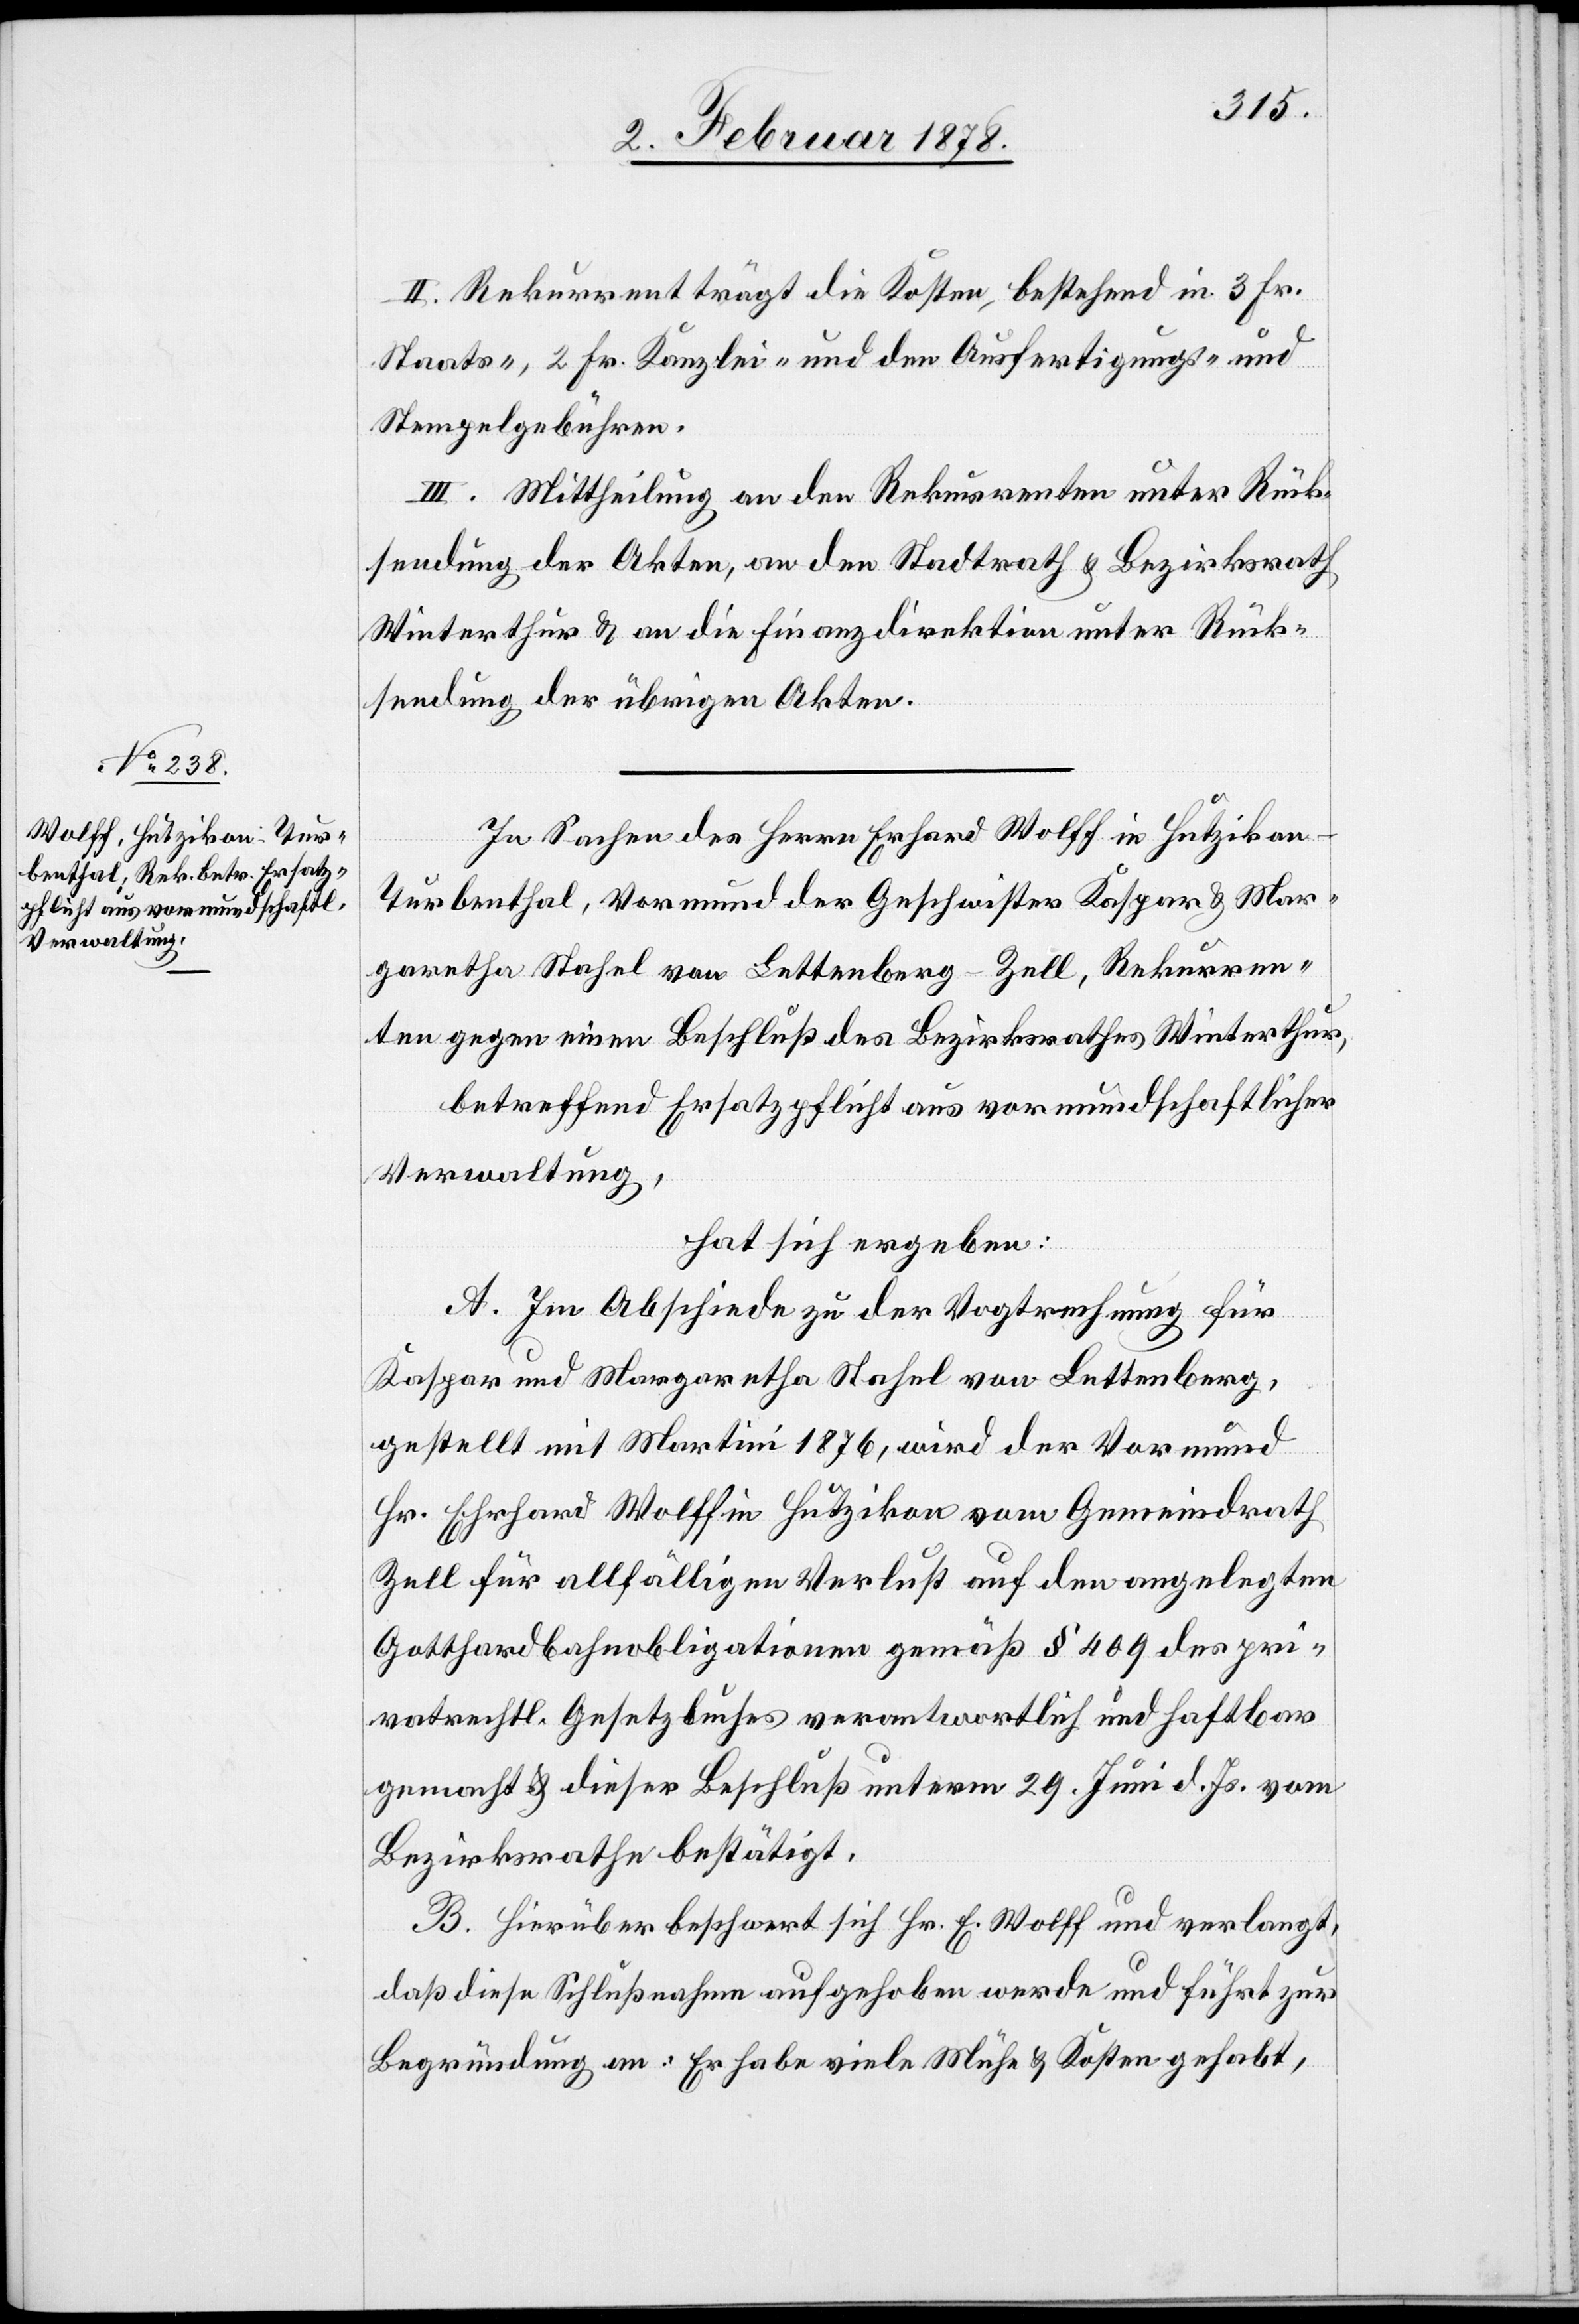
II. Rekurrent trägt die Kosten, bestehend in 3 Fr.
Staats-, 2 Fr. Kanzlei- und den Ausfertigungs- und
Stempelgebühren.
III. Mittheilung an den Rekurrenten unter Rück¬
sendung der Akten, an den Stadtrath & Bezirksrath
Winterthur & an die Finanzdirektion unter Rück¬
sendung der übrigen Akten.
In Sachen des Herrn Erhard Wolff in Hutzikon
Turbenthal, Vormund der Geschwister Kaspar & Mar¬
garetha Stahel von Lettenberg - Zell, Rekurren¬
ten gegen einen Beschluß des Bezirksrathes Winterthur,
betreffend Ersatzpflicht aus vormundschaftlicher
Verwaltung,
hat sich ergeben:
A. Im Abschiede zu der Vogtrechnung für
Kaspar und Margaretha Stahel von Lettenberg,
gestellt mit Martini 1876, wird der Vormund
Hr. Ehrhard Wolff in Hutzikon vom Gemeindrath
Zell für allfälligen Verlust auf den angelegten
Gotthardbahnobligationen gemäß § 409 des pri¬
vatrechtl. Gesetzbuches verantwortlich und haftbar
gemacht & dieser Beschluß unterm 29. Juni d. Js. vom
Bezirksrathe bestätigt.
B. Hierüber beschwert sich Hr. E. Wolff und verlangt,
daß diese Schlußnahme aufgehoben werde und führt zur
Begründung an: Er habe viele Mühe & Kosten gehabt,